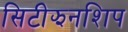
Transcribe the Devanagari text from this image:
सिटीझनशिप